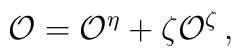
{\cal O} = {\cal O}^{\eta } + \zeta {\cal O}^{\zeta }\,,